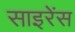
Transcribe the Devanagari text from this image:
साइरेंस